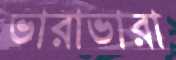
ভারাভারা